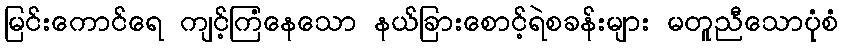
မြင်းကောင်ရေ ကျင့်ကြံနေသော နယ်ခြားစောင့်ရဲစခန်းများ မတူညီသောပုံစံ